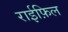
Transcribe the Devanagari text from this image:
राईफ़िल